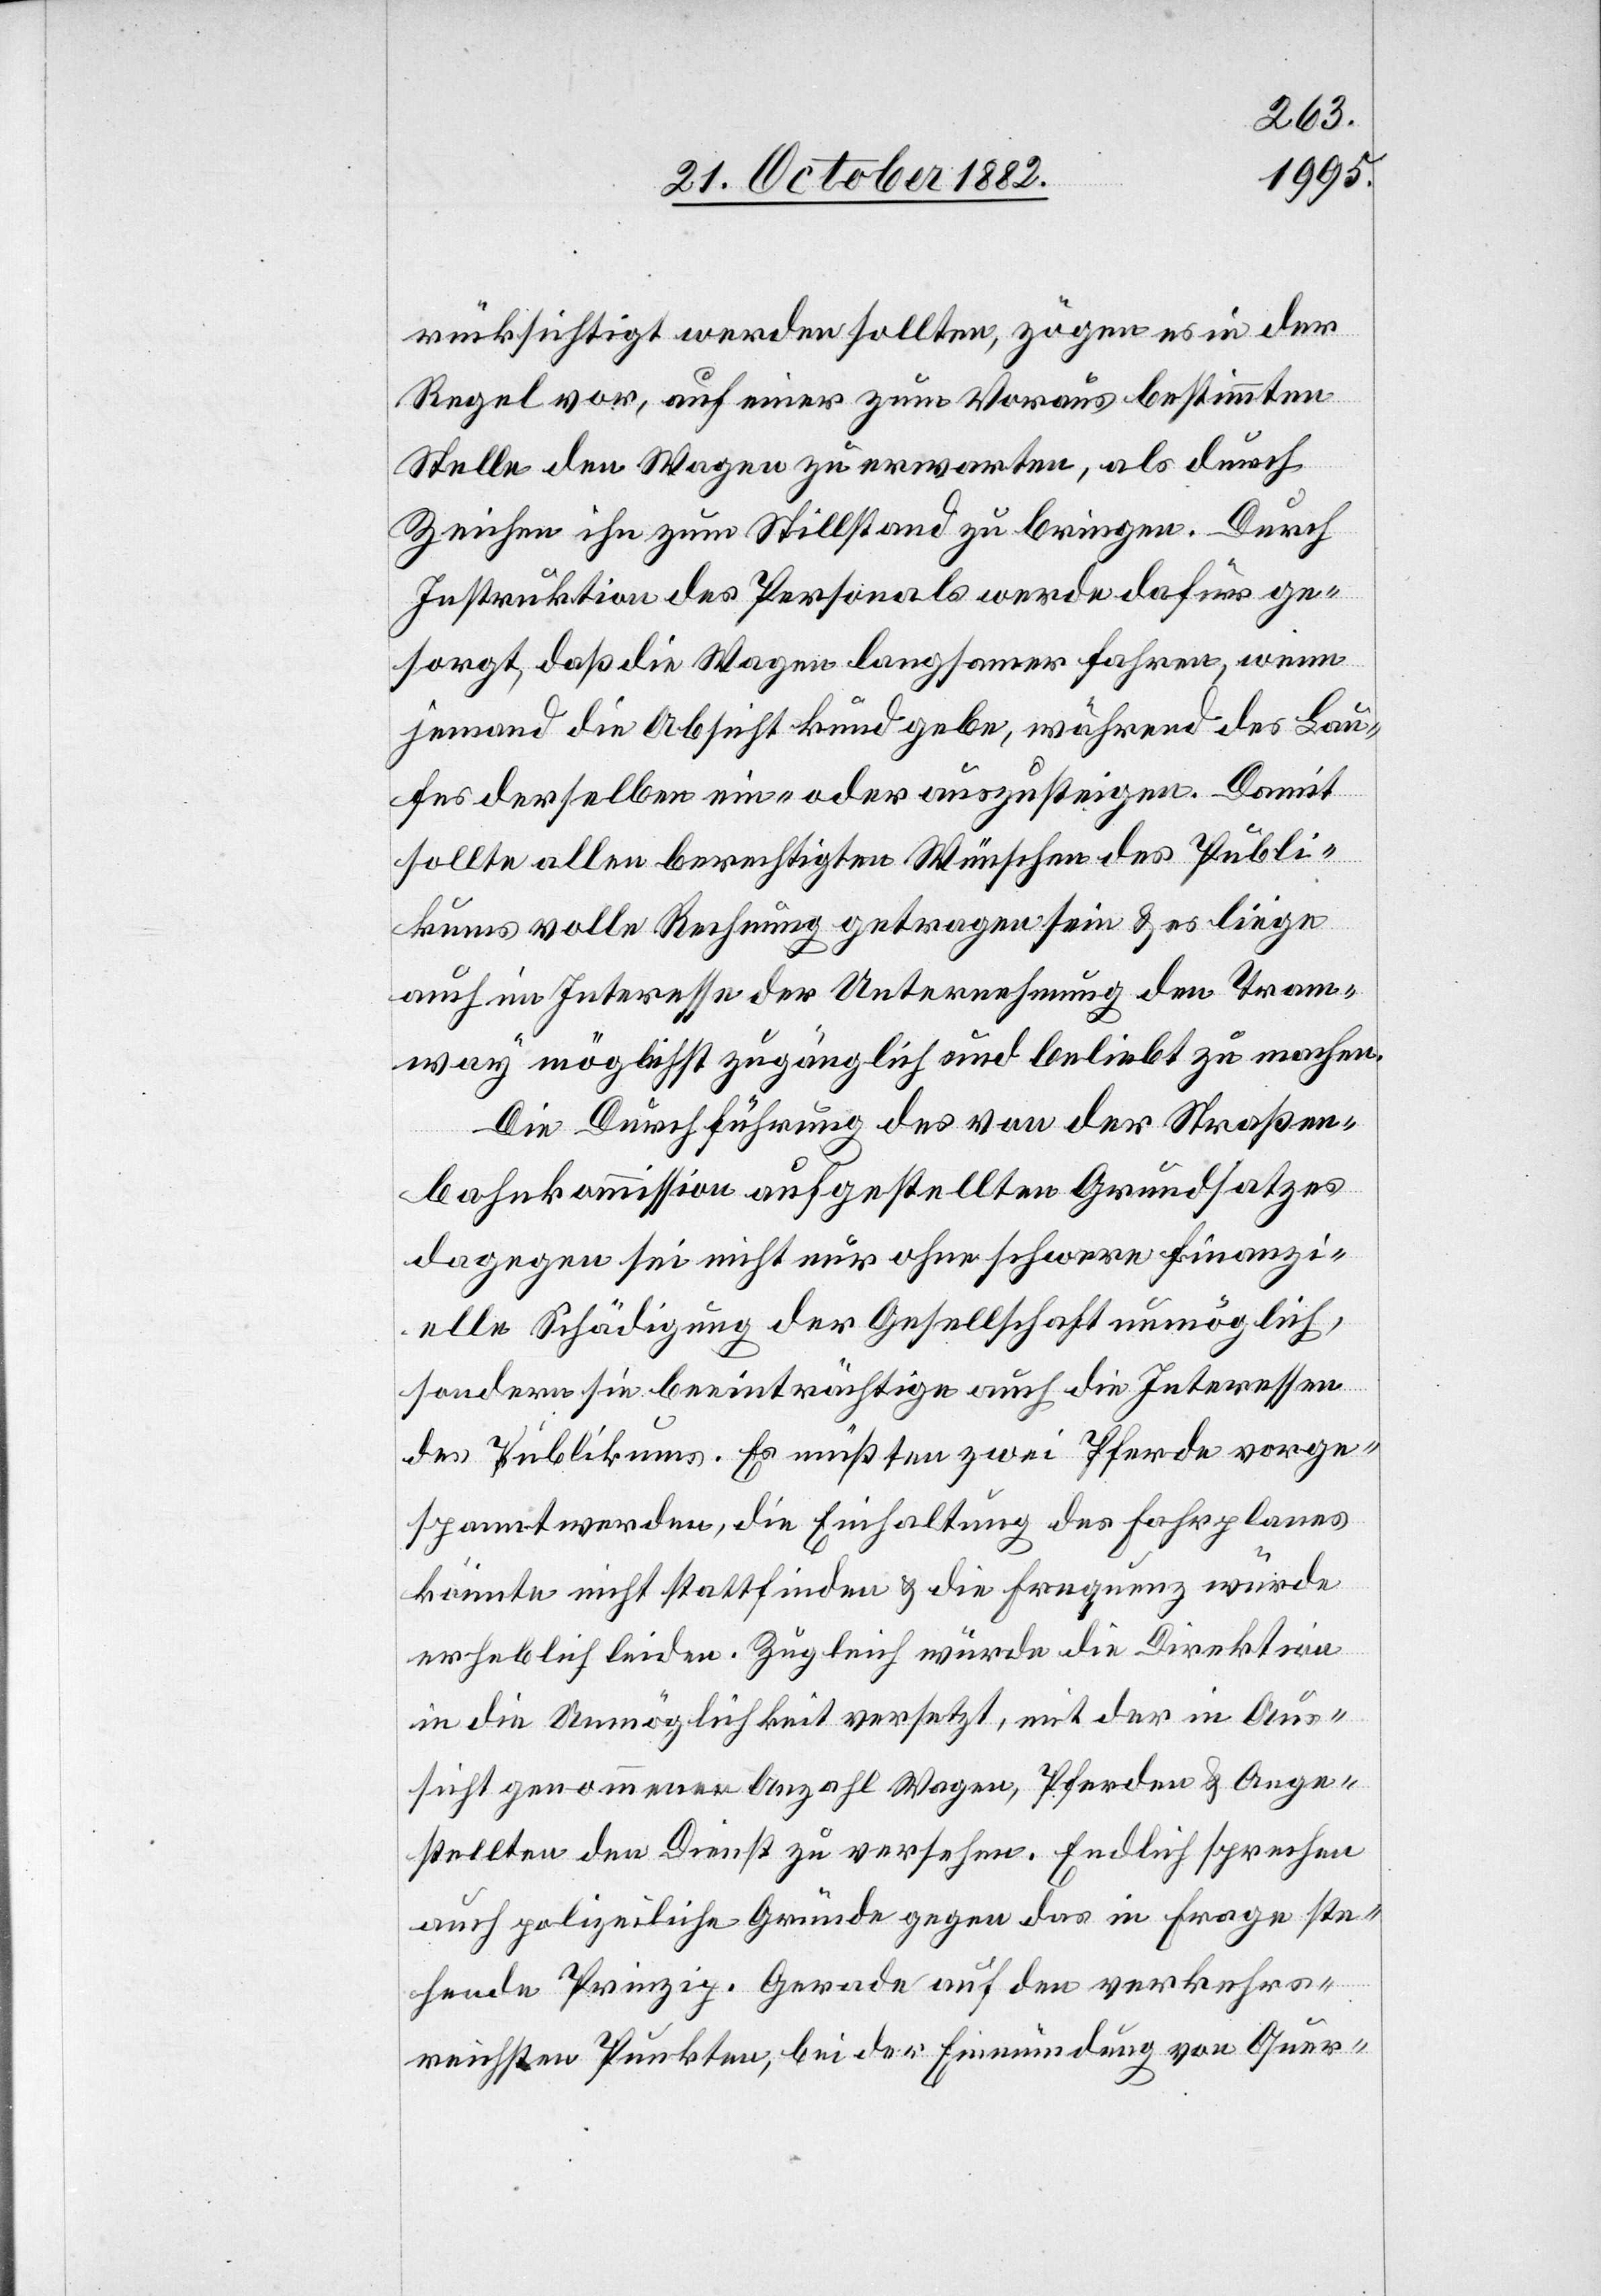
rücksichtigt werden sollten, zögen es in der
Regel vor, auf einer zum Voraus bestimmten
Stelle den Wagen zu erwarten, als durch
Zeichen ihn zum Stillstand zu bringen. Durch
Instruktion des Personals werde dafür ge¬
sorgt, daß die Wagen langsamer fahren, wenn
jemand die Absicht kund gebe, während des Lau¬
fes derselben ein- oder auszusteigen. Damit
sollte allen berechtigten Wünschen des Publi¬
kums volle Rechnung getragen sein & es liege
auch im Interesse der Unternehmung den Tram¬
way möglichst zugänglich und beliebt zu machen.
Die Durchführung des von der Straßen¬
bahnkommission aufgestellten Grundsatzes
dagegen sei nicht nur ohne schwere finanzi¬
elle Schädigung der Gesellschaft unmöglich,
sondern sie beeinträchtige auch die Interessen
des Publikums. Es müßten zwei Pferde vorge¬
spannt werden, die Einhaltung des Fahrplanes
könnte nicht stattfinden & die Frequenz würde
erheblich leiden. Zugleich würde die Direktion
in die Unmöglichkeit versetzt, mit der in Aus¬
sicht genommenen Anzahl Wagen, Pferden & Ange¬
stellten den Dienst zu versehen. Endlich sprechen
auch polizeiliche Gründe gegen das in Frage ste¬
hende Prinzip. Gerade auf den verkehrs¬
reichsten Punkten, bei der Einmündung von Quer-